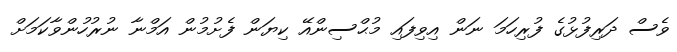
ވެސް ދަރިފުޅުގެ ފުރިހަމަ ނަން އިވިފައި މުޙްސިންއޭ ކިޔަން ފެށުމުން އަމްނާ ނުރުހުންވާކަމަށް